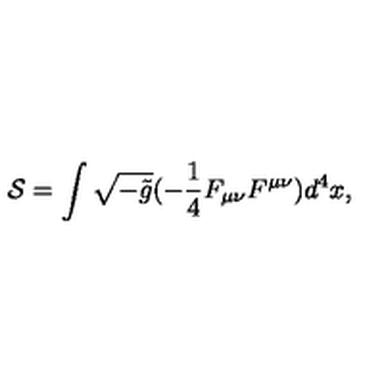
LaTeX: { \cal S } = \int \sqrt { - \tilde { g } } ( - \frac { 1 } { 4 } F _ { \mu \nu } F ^ { \mu \nu } ) d ^ { 4 } x ,